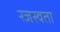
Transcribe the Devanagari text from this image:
रजस्वता